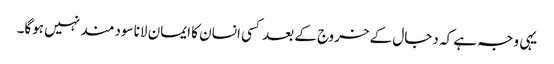
یہی وجہ ہے کہ دجال کے خروج کے بعد کسی انسان کا ایمان لانا سودمند نہیں ہوگا۔